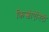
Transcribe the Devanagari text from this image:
क्रिस्चीऐनिटी